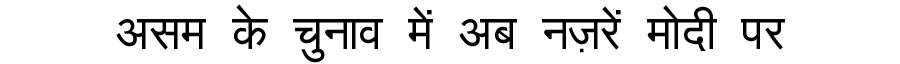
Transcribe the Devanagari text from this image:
असम के चुनाव में अब नज़रें मोदी पर